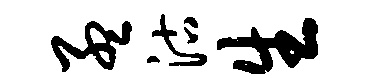
孟沽生